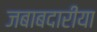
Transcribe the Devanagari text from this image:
जबाबदारीया